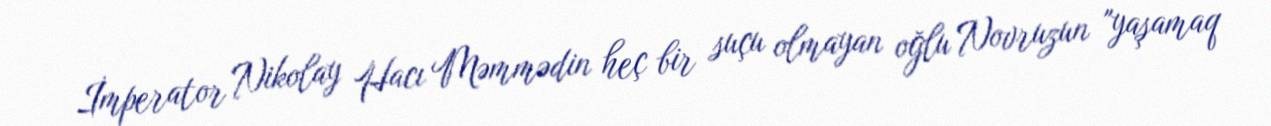
İmperator Nikolay Hacı Məmmədin heç bir suçu olmayan oğlu Novruzun "yaşamaq